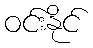
ဝင်းနိုင်